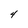
Character: 4